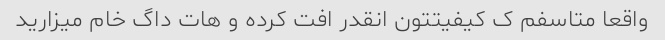
واقعا متاسفم ک کیفیتتون انقدر افت کرده و هات داگ خام میزارید